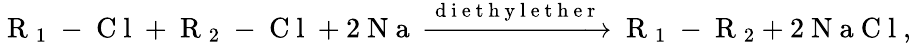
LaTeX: \mathrm{~R~}_{1}\mathrm{~-~C~l~}+\mathrm{~R~}_{2}\mathrm{~-~C~l~}+2\mathrm{~N~a~}\xrightarrow[]{\mathrm{~d~i~e~t~h~y~l~e~t~h~e~r~}}\mathrm{~R~}_{1}\mathrm{~-~R~}_{2}+2\mathrm{~N~a~C~l~},